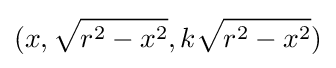
(x,{\sqrt {r^{2}-x^{2}}},k{\sqrt {r^{2}-x^{2}}})